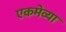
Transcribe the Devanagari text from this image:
एकमेव्या